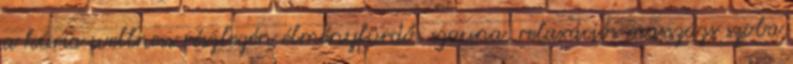
a kúria wellness részlegén élményfürdő, szauna, relaxációs masszázs szoba